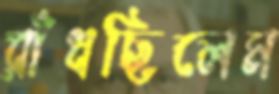
রাঁধছিলেম